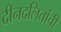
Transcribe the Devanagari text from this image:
दीनदलितांची